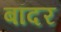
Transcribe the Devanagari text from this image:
बॉदर